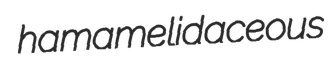
hamamelidaceous